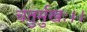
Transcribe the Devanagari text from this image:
चतुर्मुखः।।